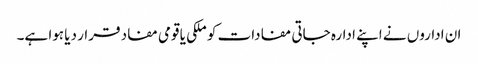
ان اداروں نے اپنے ادارہ جاتی مفادات کو ملکی یا قومی مفاد قرار دیا ہوا ہے۔